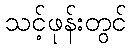
သင့်ဖုန်းတွင်